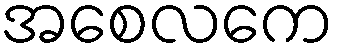
အစေလကေ